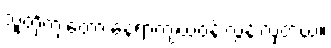
သူတို့ကျတော့ နေရာကျယ်ဝန်းလွန်းလှတယ်။